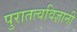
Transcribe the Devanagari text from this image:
पुरातत्वविज्ञानी